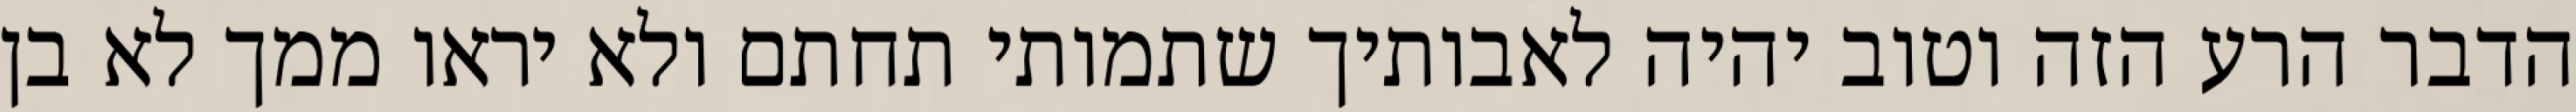
הדבר הרע הזה וטוב יהיה לאבותיך שתמותי תחתם ולא יראו ממך לא בן